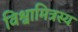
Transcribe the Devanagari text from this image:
विश्वामित्रस्य